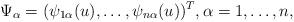
LaTeX: \begin{align*} \Psi_\alpha=(\psi_{1\alpha}(u),\dots, \psi_{n\alpha}(u))^T, \alpha=1,\dots,n,\end{align*}